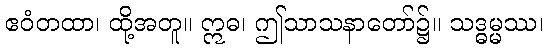
ဧဝံတထာ၊ ထို့အတူ။ ဣဓ၊ ဤသာသနာတော်၌။ သဒ္ဓမ္မဿ၊